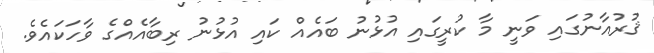
ޤުރުއާނުގައި ވަނީ މާ ކުރީގައި އުޅުނު ބައެއް ކައި އުޅުނު ރިބާއެއްގެ ވާހަކައެވެ.